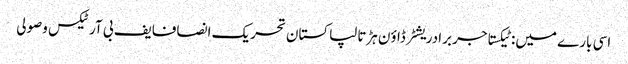
اسی بارے میں: ٹیکستاجر برادریشٹر ڈاؤن ہڑتالپاکستان تحریک انصافایف بی آرٹیکس وصولی